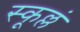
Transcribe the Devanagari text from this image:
स्कूल्लं